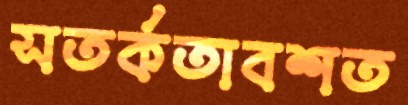
সতর্কতাবশত